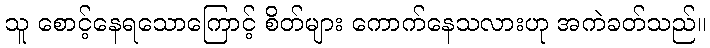
သူ စောင့်နေရသောကြောင့် စိတ်များ ကောက်နေသလားဟု အကဲခတ်သည်။